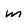
Character: m